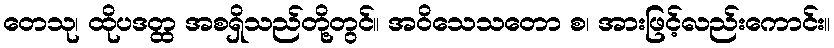
တေသု၊ ထိုပဒတ္ထ အစရှိသည်တို့တွင်။ အဝိသေသတော စ၊ အားဖြင့်လည်းကောင်း။